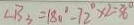
\angle B _ { 3 } = 1 8 0 ^ { \circ } - 7 2 ^ { \circ } \times 2 = 3 6 ^ { \circ }